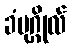
ခံပုဂ္ဂိုလ်